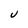
Character: u